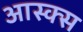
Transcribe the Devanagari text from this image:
आस्क्स